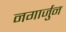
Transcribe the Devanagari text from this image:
नगार्जुन